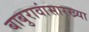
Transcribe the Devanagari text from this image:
बाबुरावांसारख्या